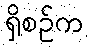
ရှိစဉ်က